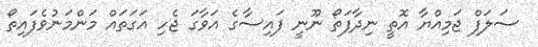
ސަލަފް ޖަމިއްޔާ އޮތީ ނިދާފަތޯ ނޫނީ ފައިސާގެ އަވާގަ ޖެހި އަގަތައް މަންމަނުވެފައިތޯ